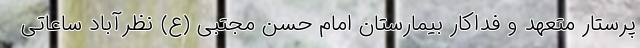
پرستار متعهد و فداکار بیمارستان امام حسن مجتبی (ع) نظرآباد ساعاتی